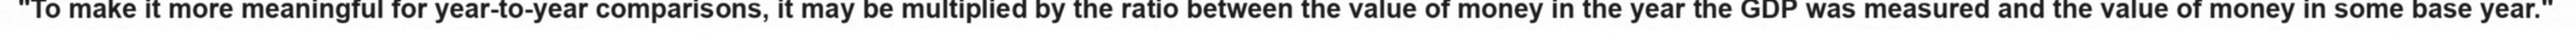
"To make it more meaningful for year-to-year comparisons, it may be multiplied by the ratio between the value of money in the year the GDP was measured and the value of money in some base year."